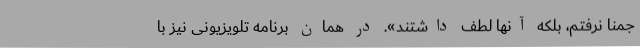
جمنا نرفتم، بلکه آنها لطف داشتند». در همان برنامه تلویزیونی نیز با